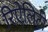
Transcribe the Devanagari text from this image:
रिऐलिटी